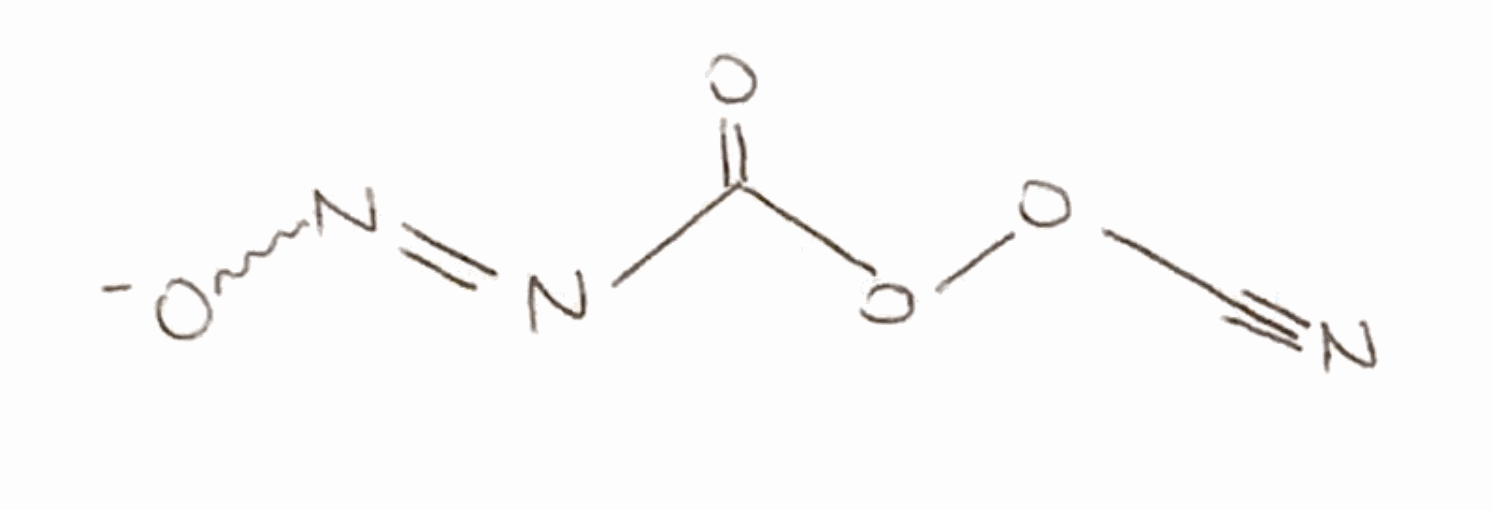
Simplified molecular-input line-entry system (SMILES) notation of the given molecule:
C(#N)OOC(=O)N=N[O-]